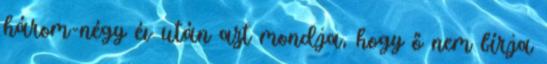
három-négy év után azt mondja, hogy ő nem bírja